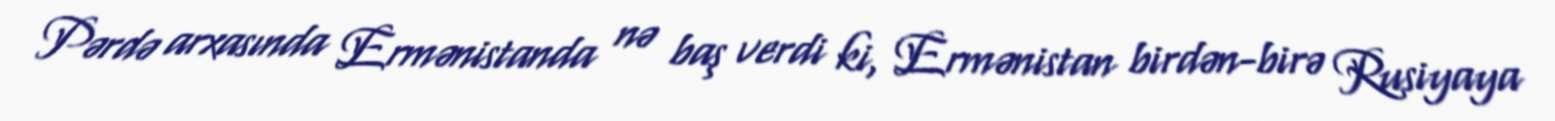
Pərdə arxasında Ermənistanda nə baş verdi ki, Ermənistan birdən-birə Rusiyaya